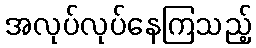
အလုပ်လုပ်နေကြသည့်